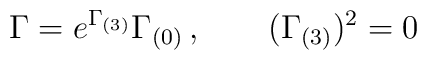
\Gamma= e^{ \Gamma_{(3)}}\Gamma_{(0)}\, , \qquad  (\Gamma_{(3)})^2=0